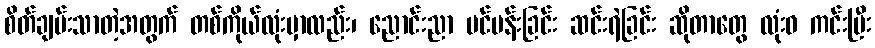
စိတ်ချမ်းသာတဲ့အတွက် တစ်ကိုယ်လုံးမှာလည်း၊ ညောင်းညာ ပင်ပန်းခြင်း ဆင်းရဲခြင်း ဆိုတာတွေ လုံးဝ ကင်းပြီး